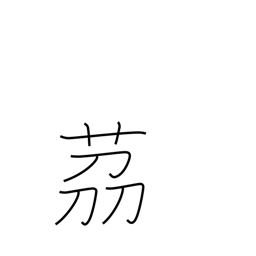
Meaning: small onion